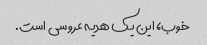
خوب، این یک هدیه عروسی است.